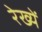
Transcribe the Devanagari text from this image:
रेख्यें